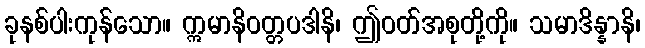
ခုနစ်ပါးကုန်သော။ ဣမာနိဝတ္တပဒါနိ၊ ဤဝတ်အစုတို့ကို။ သမာဒိန္နာနိ၊